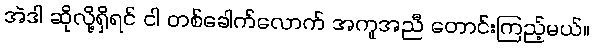
အဲဒါ ဆိုလို့ရှိရင် ငါ တစ်ခေါက်လောက် အကူအညီ တောင်းကြည့်မယ်။